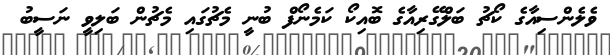
ވެލެންސިއާގެ ކޯޗު ބަލްގޭރިއާގެ ބޮއިކޯ ކަމެނޯފް ބުނީ މެޗުގައި މެޗުން ބަލިވީ ނަސީބު